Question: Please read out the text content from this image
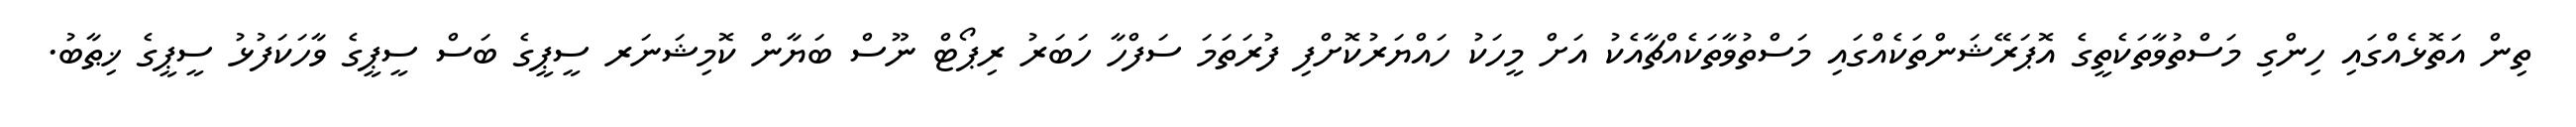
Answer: ތިން އަތޮޅެއްގައި ހިންގި މަސްތުވާތަކެތީގެ އޮޕަރޭޝަންތަކެއްގައި މަސްތުވާތަކެއްޗާއެކު އަށް މީހަކު ހައްޔަރުކޮށްފި ފުރަތަމަ ސަފްހާ ހަބަރު ރިޕޯޓް ނޫސް ބަޔާން ކޮމިޝަނަރ ސީޕީގެ ބަސް ސީޕީގެ ވާހަކަފުޅު ސީޕީގެ ޚިޠާބު.